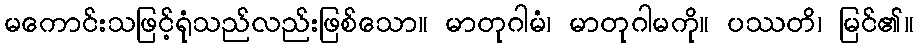
မကောင်းသဖြင့်ရုံသည်လည်းဖြစ်သော။ မာတုဂါမံ၊ မာတုဂါမကို။ ပဿတိ၊ မြင်၏။